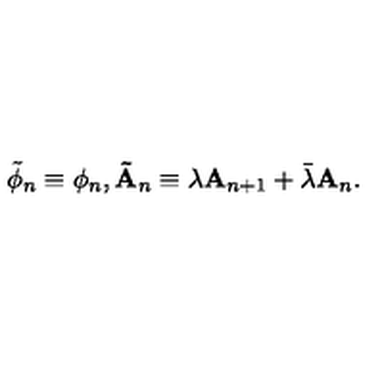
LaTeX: \tilde { \phi } _ { n } \equiv \phi _ { n } , \mathbf { \tilde { A } } _ { n } \equiv \lambda \mathbf { A } _ { n + 1 } + \bar { \lambda } \mathbf { A } _ { n } .